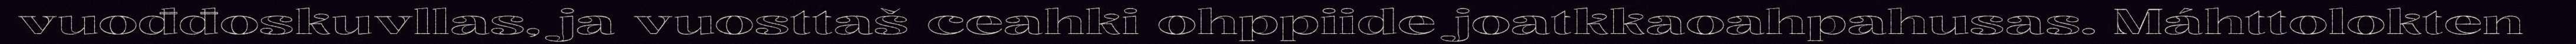
vuođđoskuvllas, ja vuosttaš ceahki ohppiide joatkkaoahpahusas. Máhttolokten